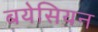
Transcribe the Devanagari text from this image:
बयेसियन